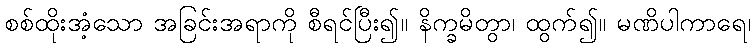
စစ်ထိုးအံ့သော အခြင်းအရာကို စီရင်ပြီး၍။ နိက္ခမိတွာ၊ ထွက်၍။ မဏိပါကာရေ၊